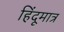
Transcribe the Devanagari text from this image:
हिंदूमात्र